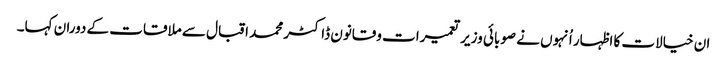
ان خیالات کا اظہار اُنہوں نے صوبائی وزیر تعمیرات وقانون ڈاکٹر محمد اقبال سے ملاقات کے دوران کہا۔